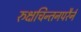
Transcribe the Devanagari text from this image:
रुक्षचिन्तनपरैर्न